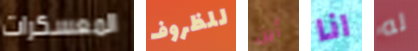
المعسكرات للظروف أين انا له